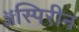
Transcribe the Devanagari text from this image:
ॲस्पिरीन